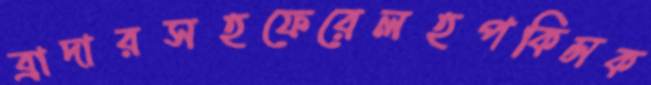
ব্রাদারসহফেরেলহপকিন্সক